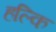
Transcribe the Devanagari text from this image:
हल्कि